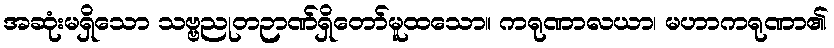
အဆုံးမရှိသော သဗ္ဗညုတဉာဏ်ရှိတော်မူထသော။ ကရုဏာလယာ၊ မဟာကရုဏာ၏